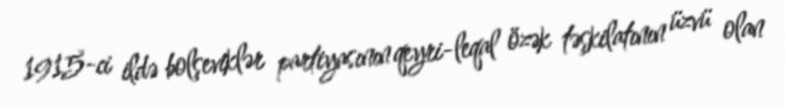
1915-ci ildə bolşeviklər partiyasının qeyri-leqal özək təşkilatının üzvü olan